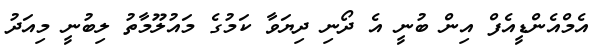
އެމްއެންޑީއެފް އިން ބުނީ އެ ދޯނި ދިޔަވާ ކަމުގެ މައުލޫމާތު ލިބުނީ މިއަދު